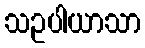
သဥပါယာသာ